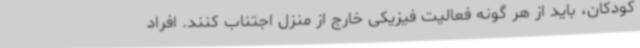
کودکان، باید از هر گونه فعالیت فیزیکی خارج از منزل اجتناب کنند. افراد